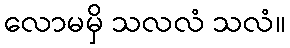
လောမမှိ သလလံ သလံ။